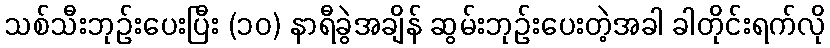
သစ်သီးဘုဉ်းပေးပြီး (၁၀) နာရီခွဲအချိန် ဆွမ်းဘုဉ်းပေးတဲ့အခါ ခါတိုင်းရက်လို